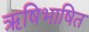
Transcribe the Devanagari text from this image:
ऋषिभाषित